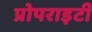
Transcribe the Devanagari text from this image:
प्रोपराइटी